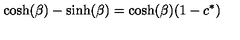
\cosh ( \beta ) - \sinh ( \beta ) = \cosh ( \beta ) ( 1 - c ^ { * } )